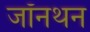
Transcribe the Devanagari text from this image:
जॉनथन